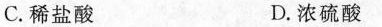
C.稀盐酸 D.浓硫酸